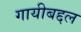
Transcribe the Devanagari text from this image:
गायीबद्दल